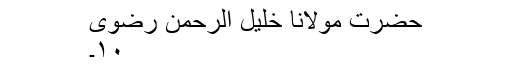
حضرت مولانا خلیل الرحمٰن رضوی
۱۰۔